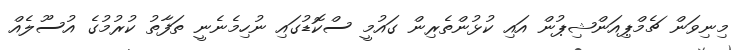
މިނިވަން ޗެމްޕިއަންޝިޕުން އައި ކުޅުންތެރިން ގައުމީ ސްކޮޑުގައި ނުހިމެނެނީ ތަފާތު ކުރުމުގެ އުސޫލެއް